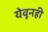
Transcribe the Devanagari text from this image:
येवूनही